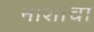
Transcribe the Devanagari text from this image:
नाशाचा